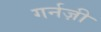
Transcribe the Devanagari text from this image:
गर्नज़ी